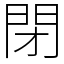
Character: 閉